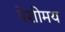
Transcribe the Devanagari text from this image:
पेशीमय